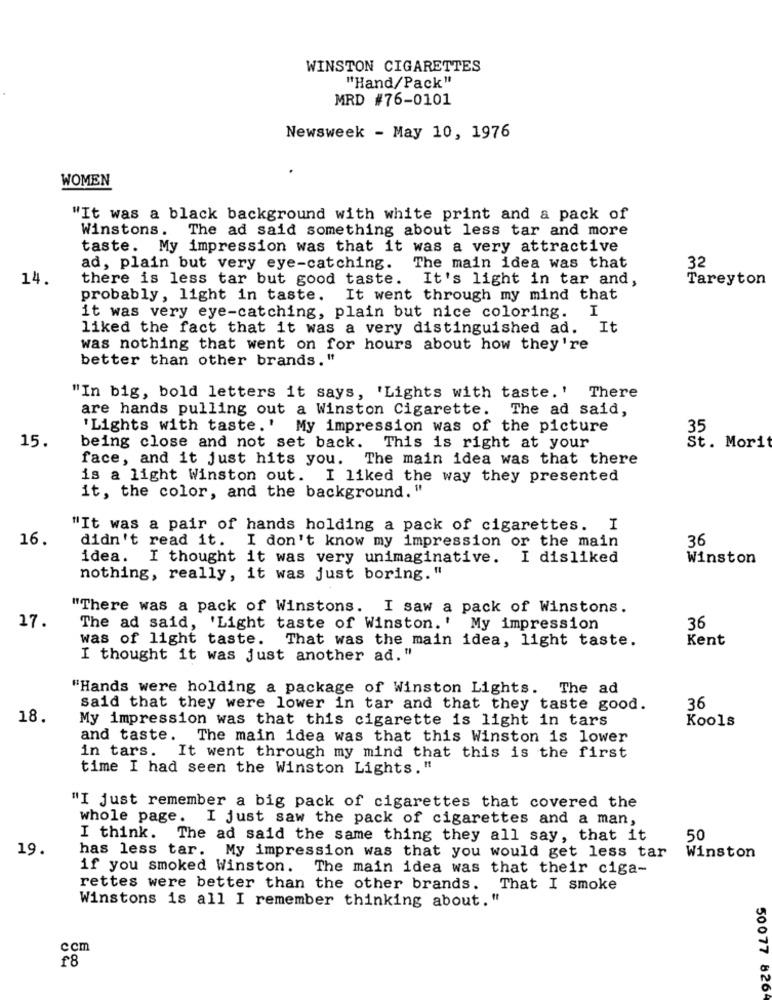
WINSTON CIGARETTES
"Hand/Pack"
MRD #76-0101
Newsweek - May 10, 1976
WOMEN
"It was a black background with white print and a pack of
The ad said something about less tar and more
Winstons.
taste. My impression was that it was a very attractive
ad, plain but very eye-catching.
The main idea was that
32
14.
there is less tar but good taste. It's light in tar and,
Tareyton
probably, light in taste. It went through my mind that
I
it was very eye-catching, plain but nice coloring.
liked the fact that it was a very distinguished ad. It
was nothing that went on for hours about how they're
better than other brands."
"In big, bold letters it says, 'Lights with taste.' There
are hands pulling out a Winston Cigarette. The ad said,
'Lights with taste.' My impression was of the picture
35
15.
being close and not set back. This is right at your
St. Morit
face, and it just hits you.
The main idea was that there
is a light Winston out. I liked the way they presented
it, the color, and the background. "
"It was a pair of hands holding a pack of cigarettes. I
16.
36
didn't read it. I don't know my impression or the main
idea. I thought it was very unimaginative. I disliked
Winston
nothing, really, it was just boring. "
"There was a pack of Winstons. I saw a pack of Winstons.
17.
The ad said, 'Light taste of Winston.' My impression
36
was of light taste. That was the main idea, light taste.
Kent
I thought it was just another ad. "
"Hands were holding a package of Winston Lights. The ad
said that they were lower in tar and that they taste good.
36
18.
My impression was that this cigarette is light in tars
Kools
and taste. The main idea was that this Winston is lower
in tars. It went through my mind that this is the first
time I had seen the Winston Lights. "
"I just remember a big pack of cigarettes that covered the
whole page. I just saw the pack of cigarettes and a man,
I think. The ad said the same thing they all say, that it
50
19.
has less tar. My impression was that you would get less tar
Winston
if you smoked Winston. The main idea was that their ciga-
rettes were better than the other brands. That I smoke
Winstons is all I remember thinking about."
ccm
f8
50077 826